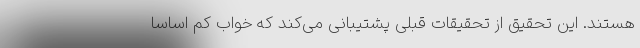
هستند. این تحقیق از تحقیقات قبلی پشتیبانی می‌کند که خواب کم اساسا